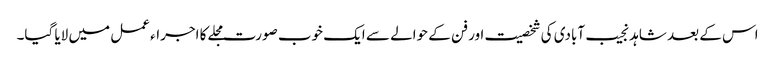
اس کے بعد شاہد نجیب آبادی کی شخصیت اور فن کے حوالے سے ایک خوب صورت مجلے کا اجراء عمل میں لایا گیا۔